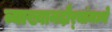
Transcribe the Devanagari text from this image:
व्याख्यानदौर्‍यांमध्ये